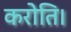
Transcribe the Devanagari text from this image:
करोति।